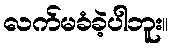
လက်မခံခဲ့ပါဘူး။